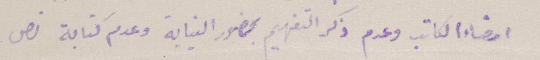
امضاء الكاتب وعدم ذكر التفهيم بحضور النيابة وعدم كتابة نص